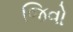
જિવો